Children and Young Persons (Scotland) Act, 1932. Employment of children, 1932
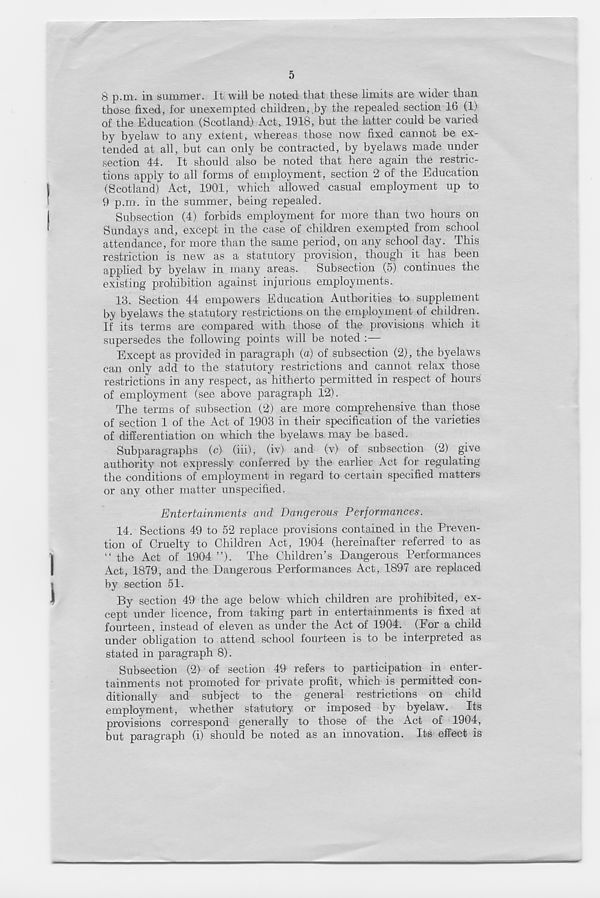
5
8 p.m. in summer. It will be noted that these limits are wider than
those fixed, for unexempted children, .by the repealed section 16 (1)
of the Education (Scotland) Act, 1918, but the latter could be varied
by byelaw to any extent, whereas those now fixed cannot be ex-
tended at all, but can only be contracted, by byelaws made under
section 44. It should also be noted that here again the restric-
tions apply to all forms of employment, section 2 of the Education
(Scotland) Act, 1901, which allowed casual employment up to
9 p.m. in the summer, being repealed.
Subsection (4) forbids employment for more than two hours on
Sundays and, except in the case of children exempted from school
attendance, for more than the same period, on any school day. This
restriction is new as a statutory provision, though it has been
applied by byelaw 7 in many areas. Subsection (5) continues the
existing prohibition against injurious employments.
13. Section 44 empowers Education Authorities to supplement
by byelaws the statutory restrictions on the employment of children.
If its terms are compared with those of the provisions which it
supersedes the following points will be noted :
Except as provided in paragraph (a) of subsection (2), the byelaws
can only add to the statutory restrictions and cannot relax those
restrictions in any respect, as hitherto permitted in respect of hours
of employment (see above paragraph 12).
The terms of subsection (2) are more comprehensive than those
of section 1 of the Act of 1903 in their specification of the varieties
of differentiation on which the byelaws may be based.
Subparagraphs (c) (iii), (iv) and (v) of subsection (2) give
authority not expressly conferred by the earlier Act for regulating
the conditions of employment in regard to certain specified matters
or any other matter unspecified.
Entertainments and Dangerous Performances.
14. Sections 49 to 52 replace provisions contained in the Preven-
tion of Cruelty to Children Act, 1904 (hereinafter referred to as
“the Act of 1904’’). The Children’s Dangerous Performances
Act, 1879, and the Dangerous Performances Act, 1897 are replaced
by section 51.
By section 49 the age below which children are prohibited, ex-
cept under licence, from taking part in entertainments is fixed at
fourteen, instead of eleven as under the Act of 1904. (For a child
under obligation to attend school fourteen is to be interpreted as
stated in paragraph 8).
Subsection (2) of section 49 refers to participation in enter-
tainments not promoted for private profit, which is permitted con-
ditionally and subject to the general restrictions on child
employment, whether statutory or imposed by byelaw. Its
provisions correspond generally to those of the Act of 1904,
but paragraph (i) should be noted as an innovation. Its effect is